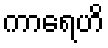
ကာရေဟိ